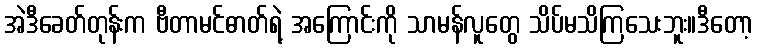
အဲဒီခေတ်တုန်းက ဗီတာမင်ဓာတ်ရဲ့ အကြောင်းကို သာမန်လူတွေ သိပ်မသိကြသေးဘူး။ဒီတော့